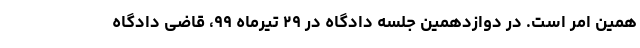
همین امر است. در دوازدهمین جلسه دادگاه در ۲۹ تیرماه ۹۹، قاضی دادگاه